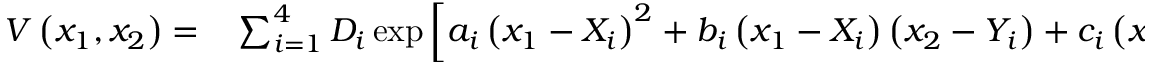
\begin{array} { r l } { V \left( x _ { 1 } , x _ { 2 } \right) = } & { { } \sum _ { i = 1 } ^ { 4 } D _ { i } \exp \left[ a _ { i } \left( x _ { 1 } - X _ { i } \right) ^ { 2 } + b _ { i } \left( x _ { 1 } - X _ { i } \right) \left( x _ { 2 } - Y _ { i } \right) + c _ { i } \left( x _ { 2 } - Y _ { i } \right) ^ { 2 } \right] + \gamma \sin \left( 2 k \pi x _ { 1 } \right) \sin \left( 2 k \pi x _ { 2 } \right) . } \end{array}